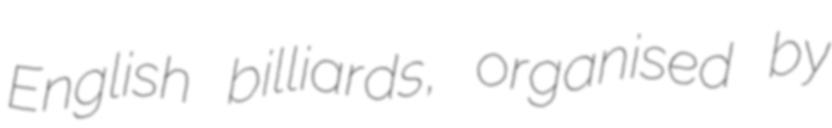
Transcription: English billiards, organised by